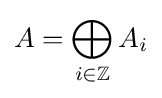
A=\bigoplus _{i\in \mathbb {Z} }A_{i}